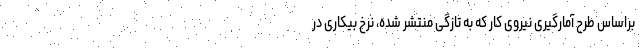
براساس طرح آمارگیری نیروی کار که به تازگی منتشر شده، نرخ بیکاری در